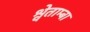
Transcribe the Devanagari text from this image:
श्वेताम्बा